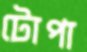
টোপা